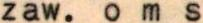
zaw. oms